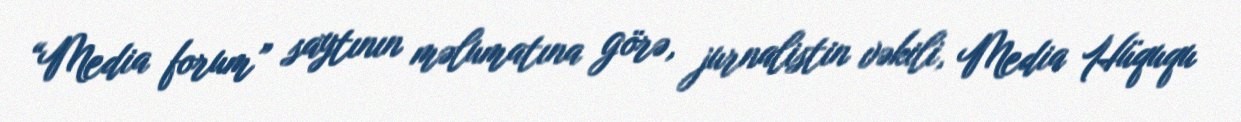
“Media forum” saytının məlumatına görə, jurnalistin vəkili, Media Hüququ